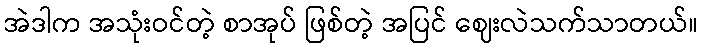
အဲဒါက အသုံးဝင်တဲ့ စာအုပ် ဖြစ်တဲ့ အပြင် ဈေးလဲသက်သာတယ်။